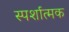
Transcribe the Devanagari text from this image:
स्पर्शात्मक